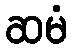
ဆမံ